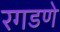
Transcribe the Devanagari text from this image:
रगडणे